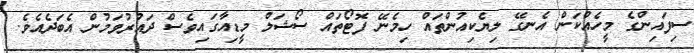
ސިފައިންގެ މީހެއްކަން އެނގޭ ލިޔެކިއުންތައް ހިމެނޭ ފޮޓޯތައް ސޯޝަލް މީޑިއާގައިވެސް ދައުރުވަމުން އެބަދެއެވެ.